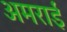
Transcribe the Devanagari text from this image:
अमराई